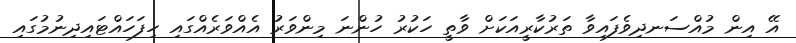
އޭ އިން މުއްސަނދިވެފައިވާ ތަރުކާރީއަކަށް ވާތީ ހަކުރު ހުންނަ މިންވަރު އެއްވަރެއްގައި ހިފަހައްޓައިދިނުމުގައި